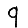
Digit: 9